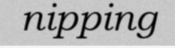
nipping